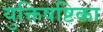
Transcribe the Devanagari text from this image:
युक्तिषष्टिका